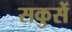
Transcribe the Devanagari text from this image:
सकुसें